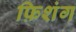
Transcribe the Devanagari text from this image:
फ़िशंग